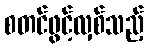
စတင်ဖွင့်လှစ်သည့်